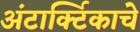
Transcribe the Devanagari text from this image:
अंटार्क्टिकाचे